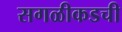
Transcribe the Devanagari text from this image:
सगळीकडची